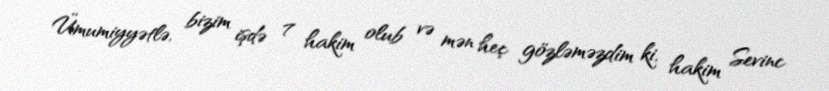
Ümumiyyətlə, bizim işdə 7 hakim olub və mən heç gözləməzdim ki, hakim Sevinc